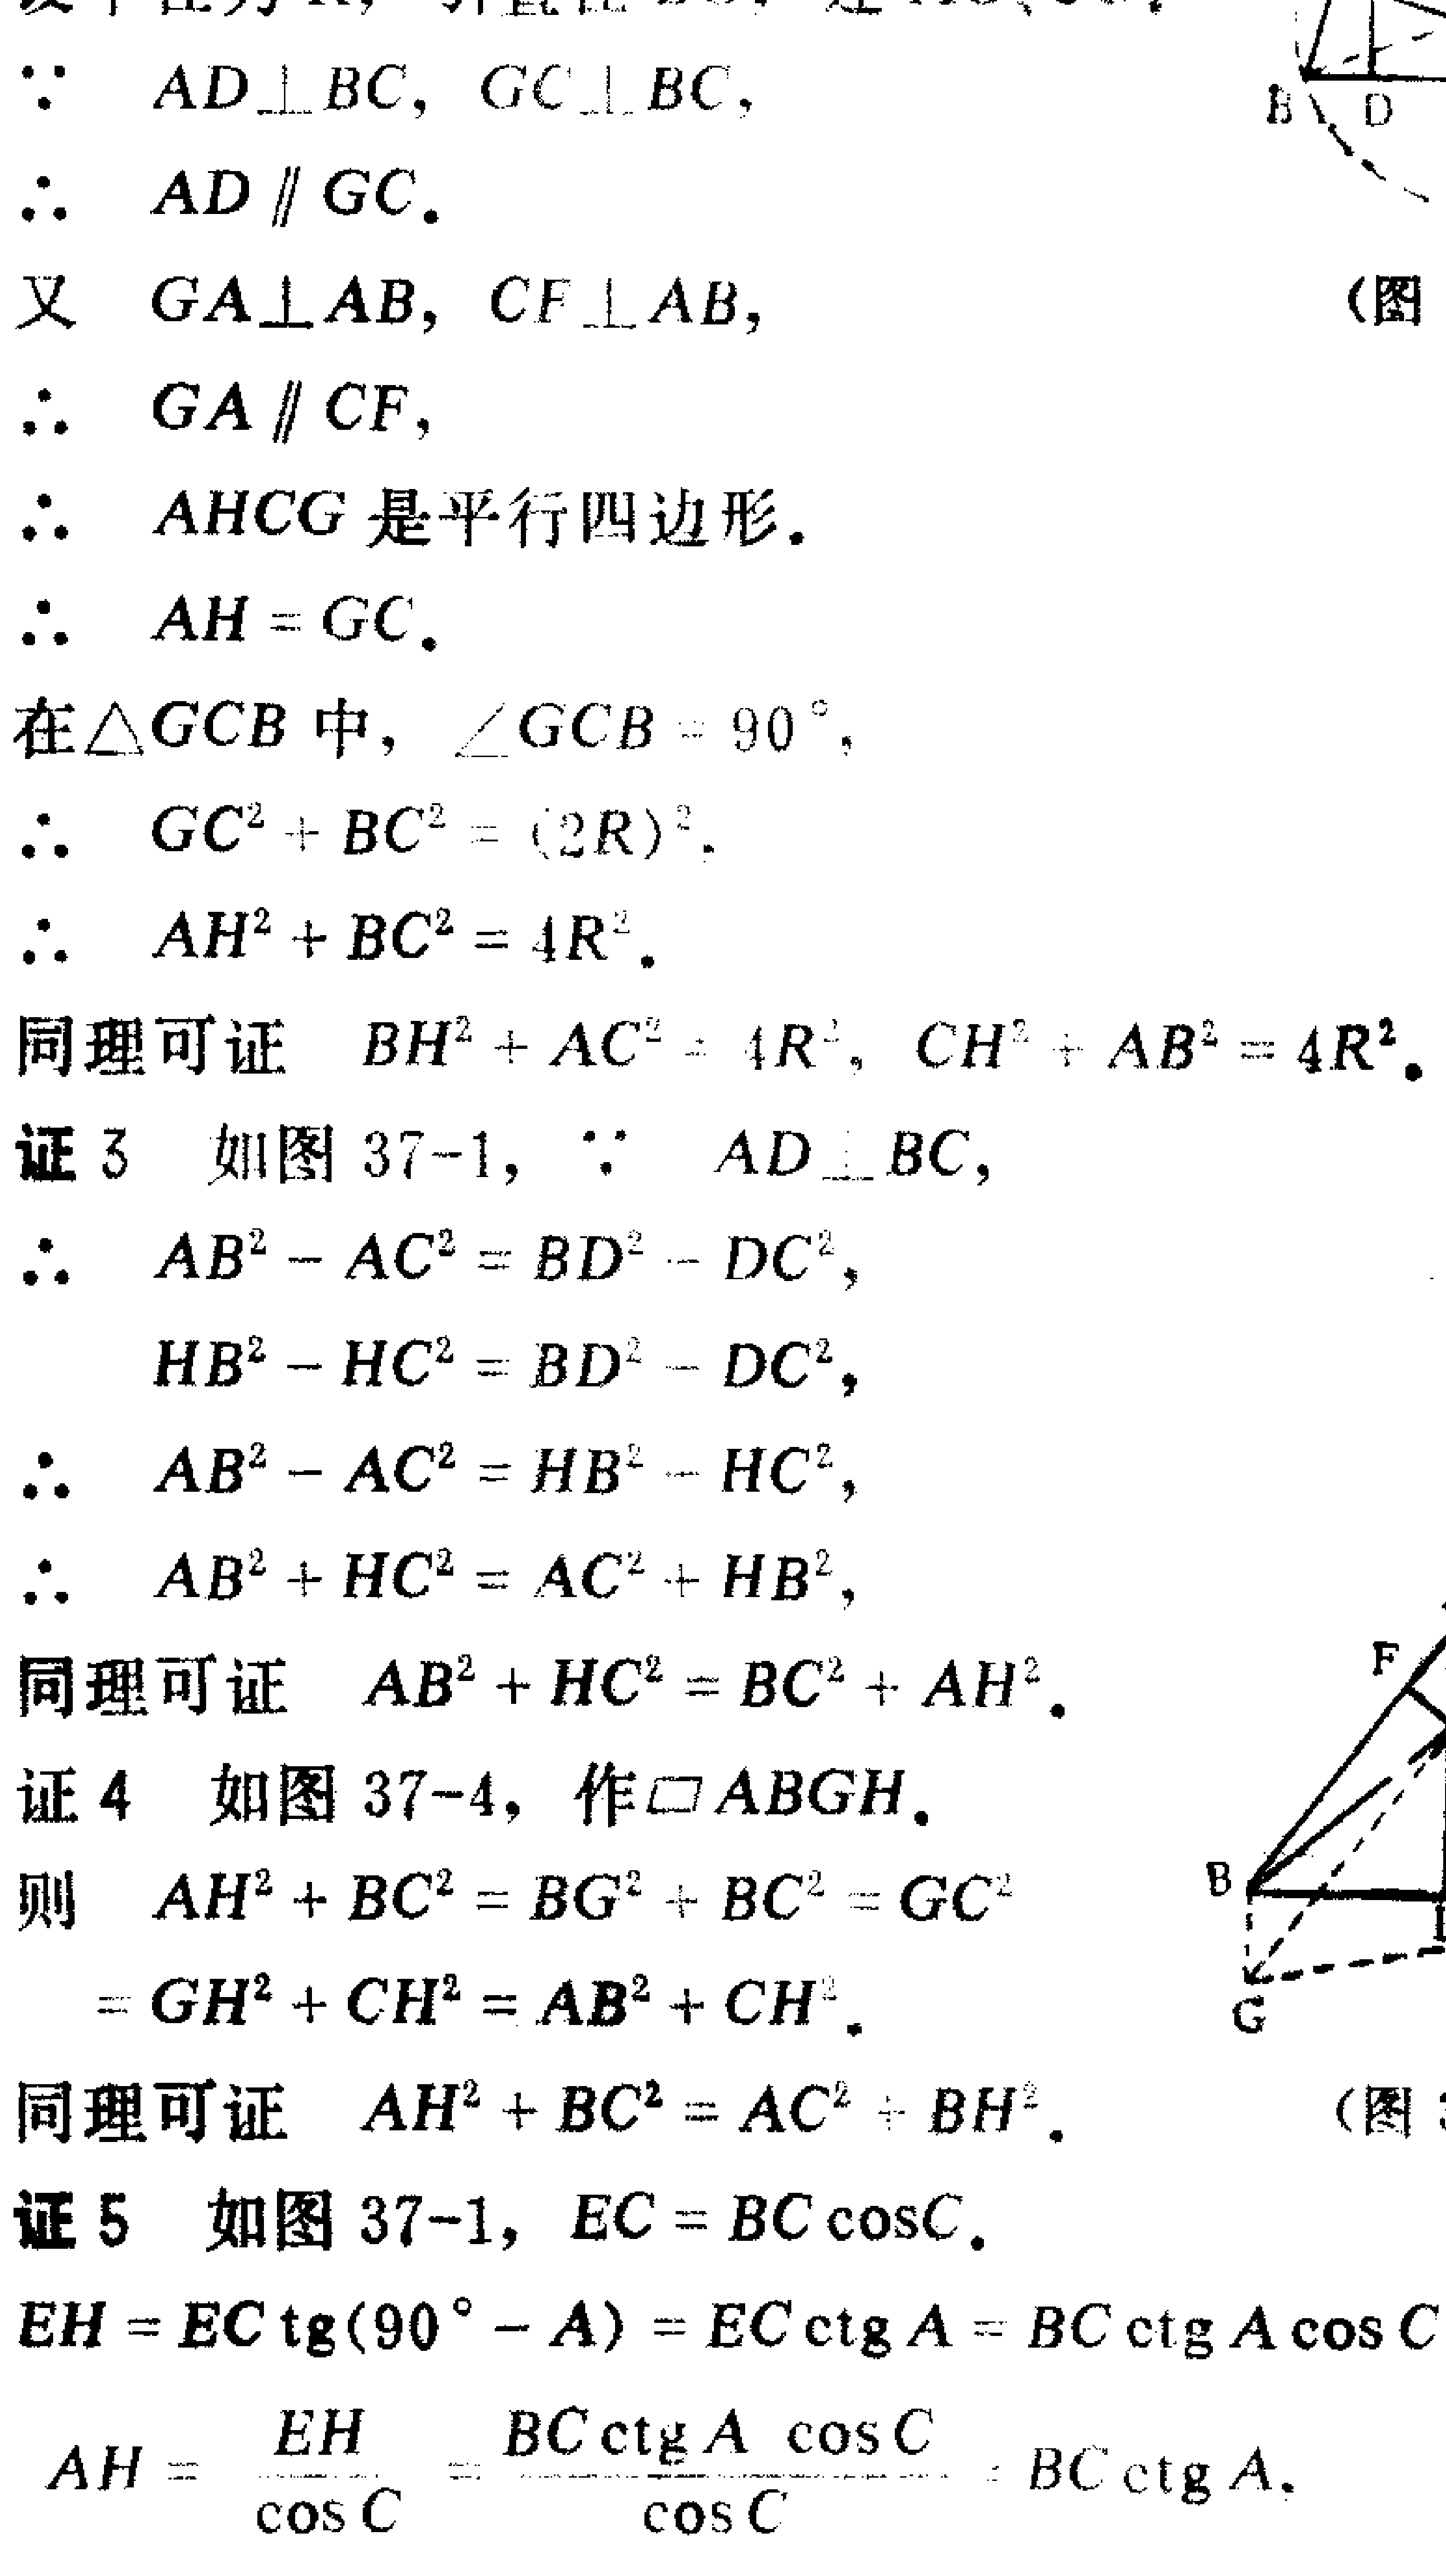
$\because AD\perp BC, GC\perp BC,$
$\therefore AD\parallel GC.$
又 $GA\perp AB, CF\perp AB,$ （图
$\therefore GA\parallel CF,$
$\therefore AHCG$ 是平行四边形.
$\therefore AH = GC.$
在$\triangle GCB$中, $\angle GCB = 90^{\circ},$
$\therefore GC^{2}+BC^{2}=(2R)^{2}.$
$\therefore AH^{2}+BC^{2}=4R^{2}.$
同理可证 $BH^{2}+AC^{2}=4R^{2}, CH^{2}+AB^{2}=4R^{2}.$
证 3 如图 37-1, $\because AD\perp BC,$
$\therefore AB^{2}-AC^{2}=BD^{2}-DC^{2},$
$HB^{2}-HC^{2}=BD^{2}-DC^{2},$
$\therefore AB^{2}-AC^{2}=HB^{2}-HC^{2},$
$\therefore AB^{2}+HC^{2}=AC^{2}+HB^{2},$
同理可证 $AB^{2}+HC^{2}=BC^{2}+AH^{2}.$
证 4 如图 37-4, 作$\square ABGH.$
则 $AH^{2}+BC^{2}=BG^{2}+BC^{2}=GC^{2}$
$=GH^{2}+CH^{2}=AB^{2}+CH^{2}.$
同理可证 $AH^{2}+BC^{2}=AC^{2}+BH^{2}.$ （图
证 5 如图 37-1, $EC = BC\cos C.$
$EH = EC\operatorname{tg}(90^{\circ}-A)=EC\operatorname{ctg}A = BC\operatorname{ctg}A\cos C$
$AH=\frac{EH}{\cos C}=\frac{BC\operatorname{ctg}A\cos C}{\cos C}=BC\operatorname{ctg}A.$